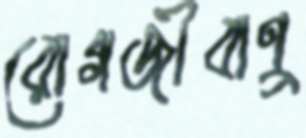
রোগজীবাণু